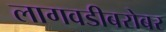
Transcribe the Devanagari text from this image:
लागवडीबरोबर